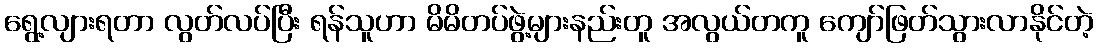
ရွေ့လျားရတာ လွတ်လပ်ပြီး ရန်သူဟာ မိမိတပ်ဖွဲ့များနည်းတူ အလွယ်တကူ ကျော်ဖြတ်သွားလာနိုင်တဲ့